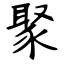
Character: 聚